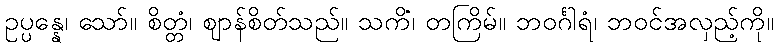
ဥပ္ပန္နေ၊ သော်။ စိတ္တံ၊ ဈာန်စိတ်သည်။ သကိံ၊ တကြိမ်။ ဘဝင်္ဂါရံ၊ ဘဝင်အလှည့်ကို။